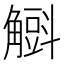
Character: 𧤰